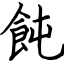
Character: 飩